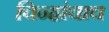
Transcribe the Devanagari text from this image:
चिन्हांचाच